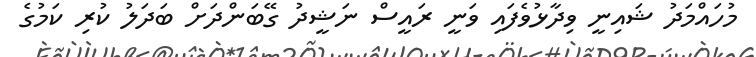
މުހައްމަދު ޝައިނީ ވިދާޅުވެފައި ވަނީ ރައީސް ނަޝީދު ގޭބަންދަށް ބަދަލު ކުރި ކަމުގެ